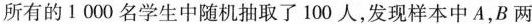
所有的1000名学生中随机抽取了100人，发现样本中A，B两